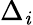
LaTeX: \Delta_{\mathit{i}}